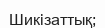
Шикізаттық;